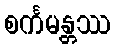
စင်္ကမန္တဿ